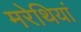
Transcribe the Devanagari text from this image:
मरेथियां